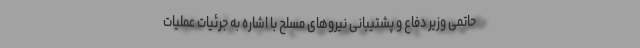
حاتمی وزیر دفاع و پشتیبانی نیروهای مسلح با اشاره به جرئیات عملیات